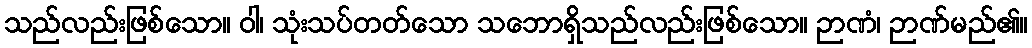
သည်လည်းဖြစ်သော။ ဝါ၊ သုံးသပ်တတ်သော သဘောရှိသည်လည်းဖြစ်သော။ ဉာဏံ၊ ဉာဏ်မည်၏။